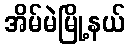
အိမ်မဲမြို့နယ်